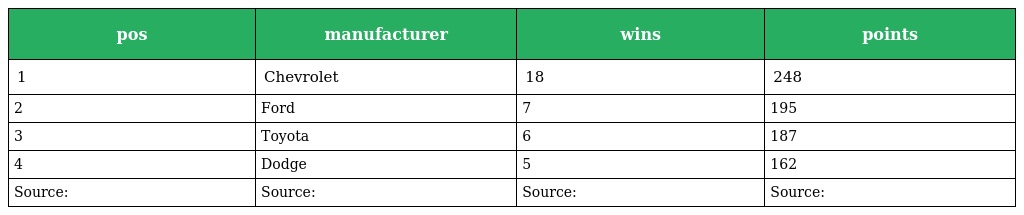
| pos | manufacturer | wins | points |
 | --- | --- | --- | --- |
 | 1 | Chevrolet | 18 | 248 |
 | 2 | Ford | 7 | 195 |
 | 3 | Toyota | 6 | 187 |
 | 4 | Dodge | 5 | 162 |
 | Source: | Source: | Source: | Source: |